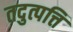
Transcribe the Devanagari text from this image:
तदुत्पत्ति